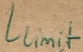
Text: Llimit